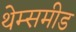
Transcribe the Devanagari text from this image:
थेम्समीड